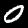
Label: 0